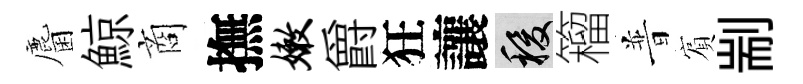
麕鯨商撫嫩爵狂讓稷籕普賔剬